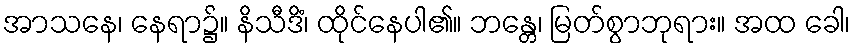
အာသနေ၊ နေရာ၌။ နိသီဒိံ၊ ထိုင်နေပါ၏။ ဘန္တေ၊ မြတ်စွာဘုရား။ အထ ခေါ၊